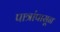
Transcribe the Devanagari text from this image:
पात्रांपासून